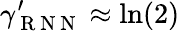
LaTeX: \gamma_{\mathrm{~R~N~N~}}^{\prime}\approx\ln(2)